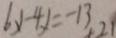
6 x - 4 x = - 1 3